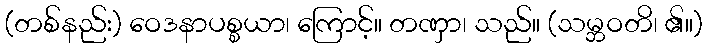
(တစ်နည်း) ဝေဒနာပစ္စယာ၊ ကြောင့်။ တဏှာ၊ သည်။ (သမ္ဘဝတိ၊ ၏။)